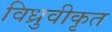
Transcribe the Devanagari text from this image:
विध्रुवीकृत